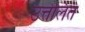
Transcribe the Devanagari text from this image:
उत्तेलित